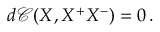
d \mathcal { C } ( X , X ^ { + } X ^ { - } ) = 0 \, .